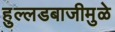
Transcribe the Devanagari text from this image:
हुल्लडबाजीमुळे